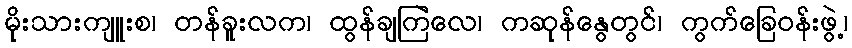
မိုးသားကျူးစ၊ တန်ခူးလက၊ ထွန်ချကြဲလေ၊ ကဆုန်နွေတွင်၊ ကွက်ခြေဝန်းဖွဲ့၊